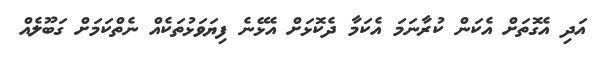
އަދި އެގޮތަށް އެކަން ކުރާނަމަ އެކަމާ ދެކޮޅަށް އެޅޭނެ ފިޔަވަޅުތަކެއް ނެތްކަމަށް ގަބޫލެއް